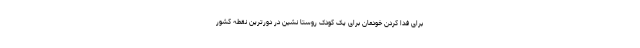
برای فدا کردن خودمان برای یک کودک روستا نشین در دورترین نقطه کشور